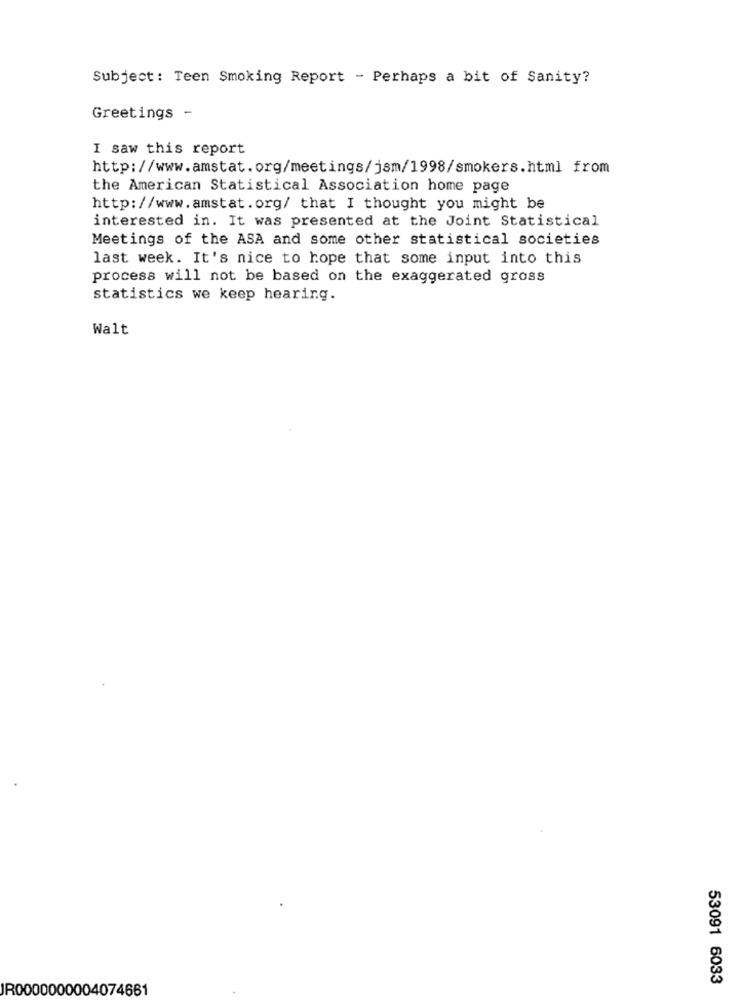
Subject: Teen Smoking Report - Perhaps a bit of Sanity?
Greetings -
I saw this report
http://www.amstat.org/meetings/jsm/1998/smokers.html from
the American Statistical Association home page
http://www.amstat.org/ that I thought you might be
interested in. It was presented at the Joint Statistical
Meetings of the ASA and some other statistical societies
last week. It's nice to hope that some input into this
process will not be based on the exaggerated gross
statistics we keep hearing.
Walt
53091 6033
JR0000000004074661